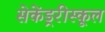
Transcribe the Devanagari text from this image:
सेकेंड्ररीस्कूल